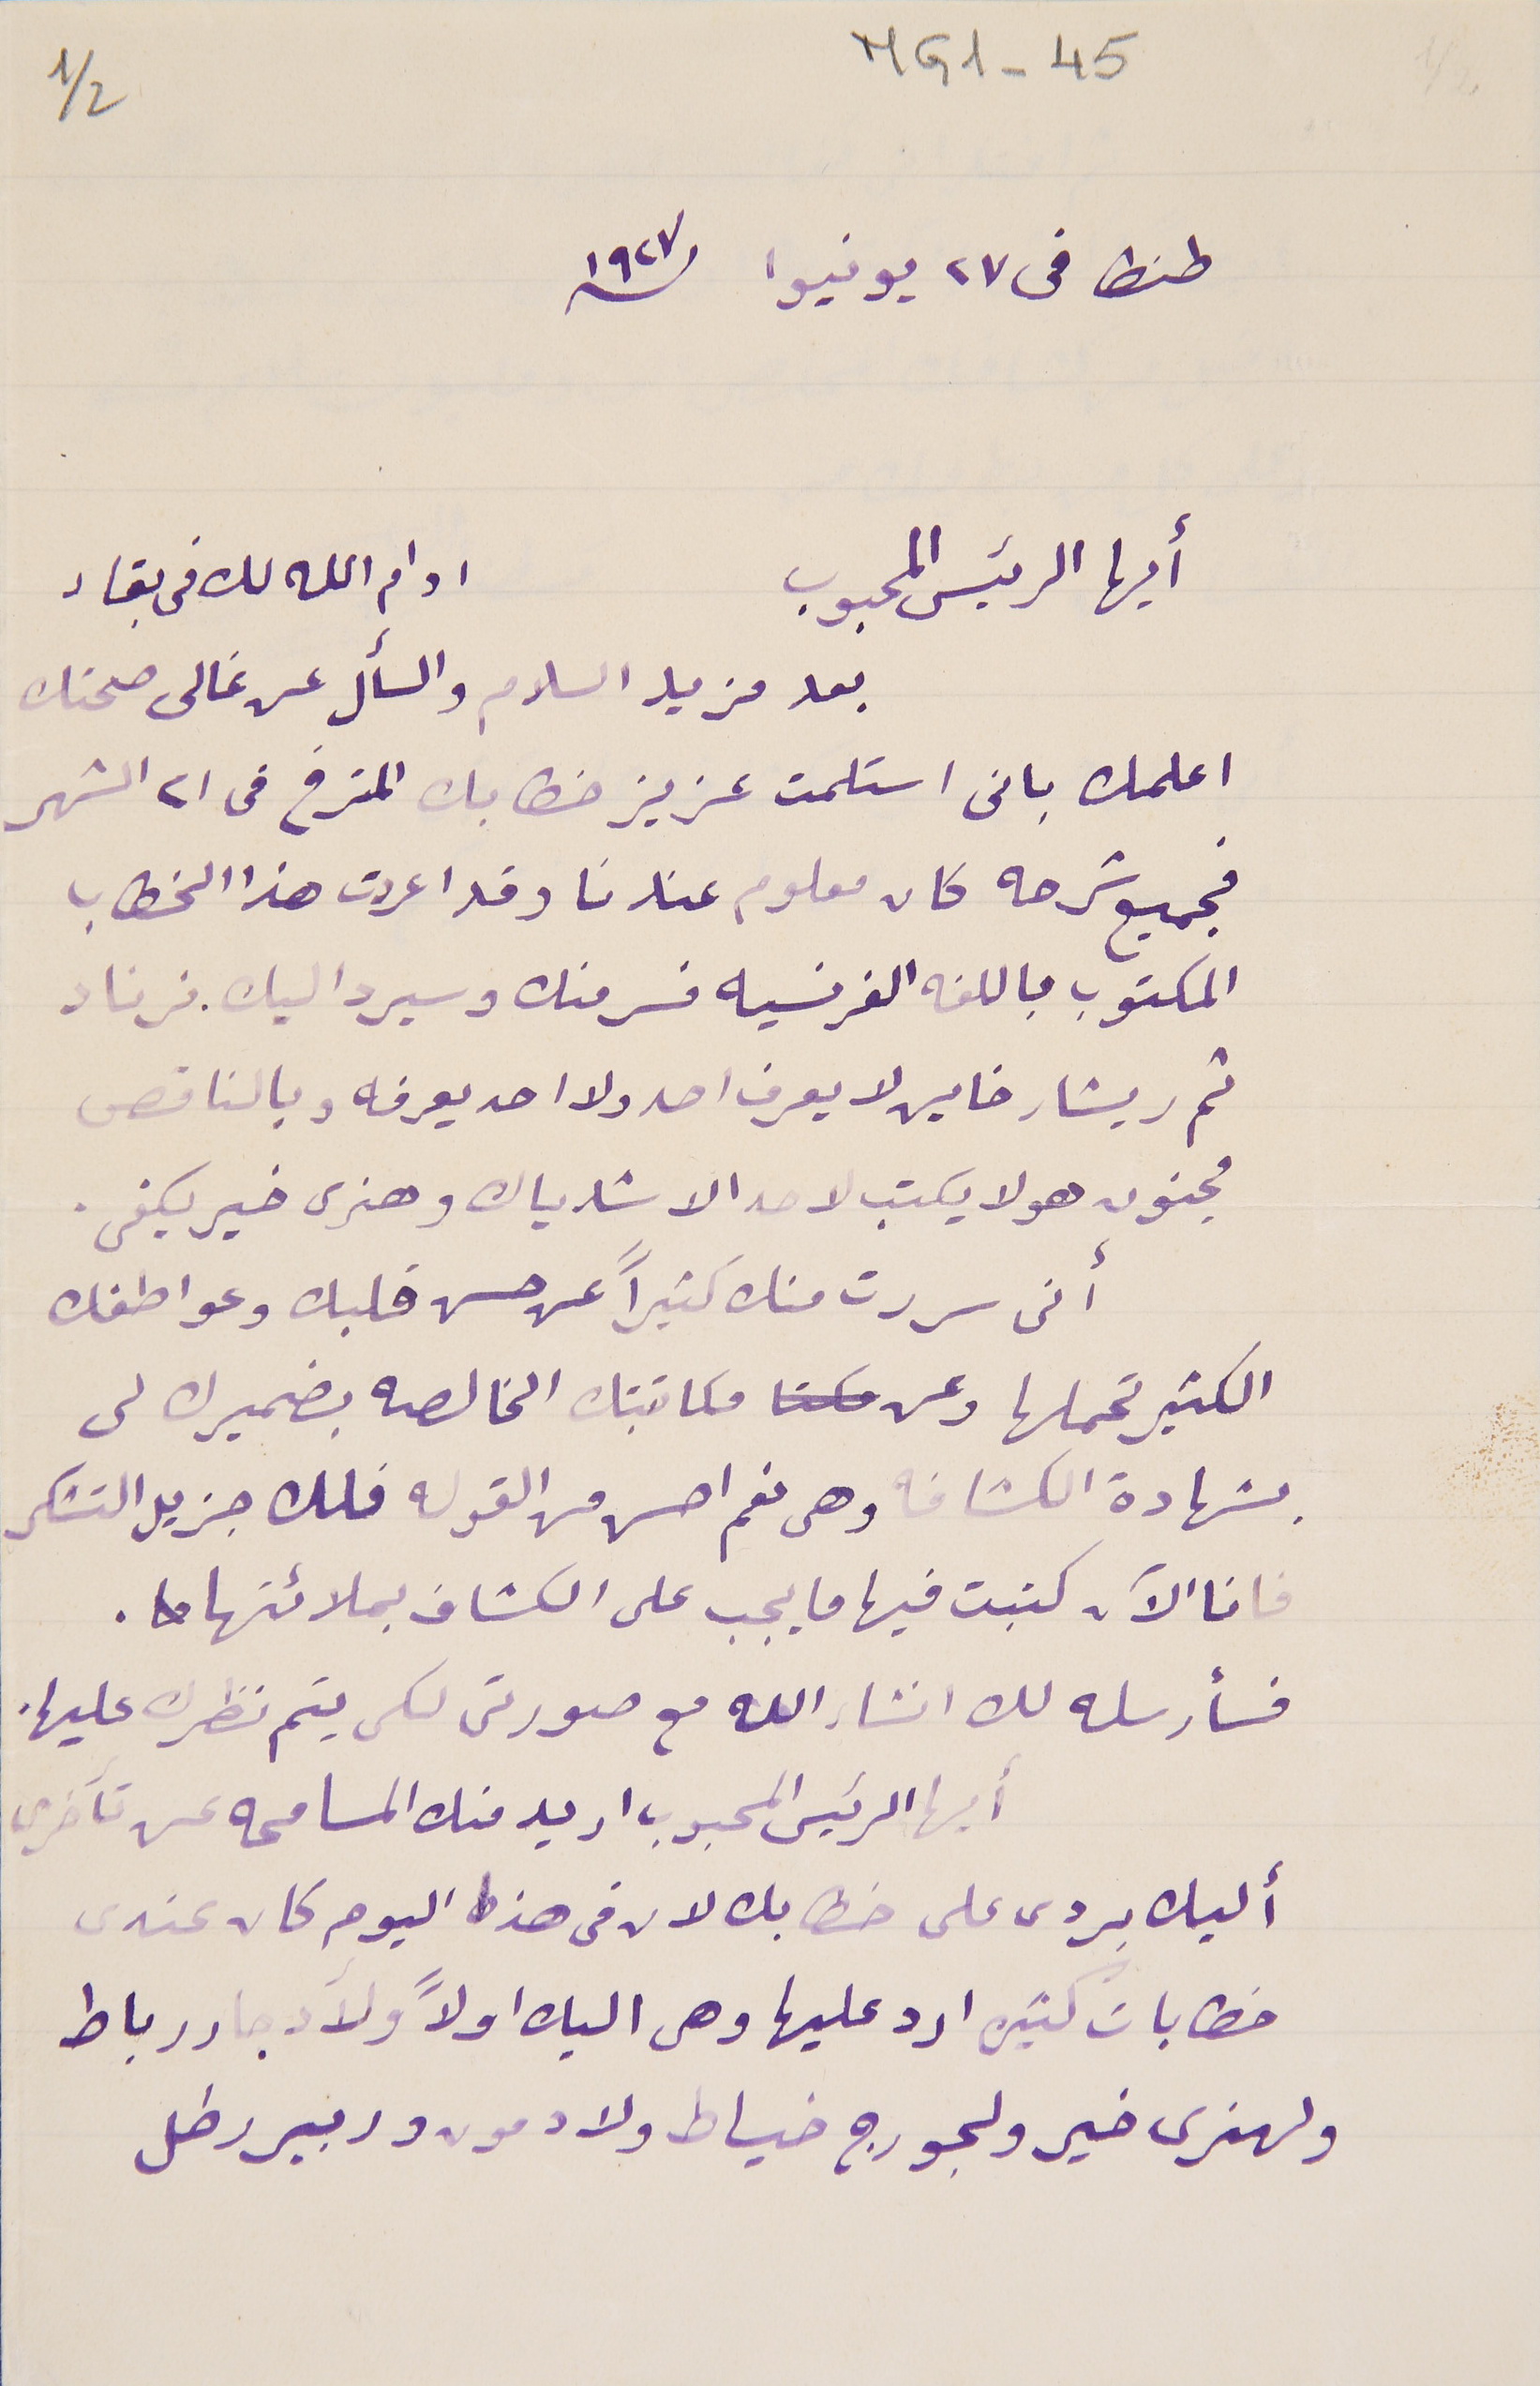
MG1-45
طنطا في ٢٧ يونيوا سنة ١٩٢٧
أيها الرئيس المحبوب                                    ادام الله لك فى بقاء
بعد مزيد السلام والسأل عن غالى صحتك
اعلمك بانى استلمت عزيز خطابك المترخ في ٢١ الشهر
فجميع شرحه كان معلوم عندنا وقد اعددت هذا الخطاب
المكتوب باللغه الفرنسيه فسر منك وسيرد اليك. فرناد
ثم ريشار خاين لا يعرف احد ولا احد يعرفه وبالناقص
مجنون هو لا يكتب لاحد الا شارياك وهنرى خير يكفى.
أنى سررت منك كثيراً عن حسن قلبك وعواطفك
الكثير تحملها وعن مكاتبتك الخالصه بضميرك لى
 بشهادة الكشافه وهى نعم احسن من القوله فلك جزيل التشكر
فانا الآن كتبت فيها ما يجب على الكشاف بملائتها.
فسأرسله لك انشاء الله مع صورتى لكى يتم نظرك عليها.
أيها الرئيس المحبوب اريد منك المسامحه عن تأخرى
أليك بردى على خطابك لان فى هذا اليوم كان عندى
خطابات كتيره ارد عليها وهى اليك اولاً ولآدجار رباط
ولهنرى خير ولجورج خياط ولادمون و ربير رطل
2/1